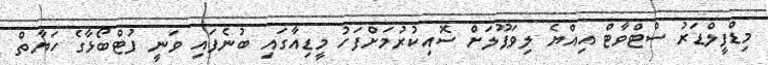
މިޑްފީލްޑަރު ސްޓްވާޓް އިއްޔެ ލިވަޕޫލަށް ސޮއިކުރުމަށްފަހު މީޑިއާގައި ބުނެފައި ވަނީ ފުޓްބޯޅާގެ ހަޔާތް